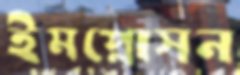
ইমপ্লোসন